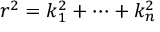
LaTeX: r ^ { 2 } = k _ { 1 } ^ { 2 } + \cdots + k _ { n } ^ { 2 }